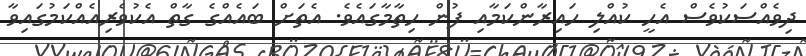
ދިވެއްސަކުވެސް އެހީ ކުއްލި ހައިރާންކަމާއި ފުން ހިތާމާގައެވެ. އެތަށް ބައެއްގެ ގާތް އެކުވެރިއެއްކަމުގައިވާ